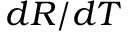
d R / d T